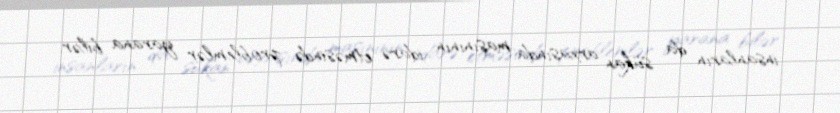
insanların da sükan arxasında maşınının idarə etməsində problemlər yarana bilər.